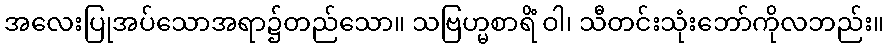
အလေးပြုအပ်သောအရာ၌တည်သော။ သဗြဟ္မစာရိံ ဝါ၊ သီတင်းသုံးဘော်ကိုလဘည်း။